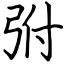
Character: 弣